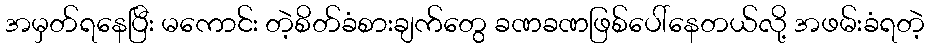
အမှတ်ရနေပြီး မကောင်း တဲ့စိတ်ခံစားချက်တွေ ခဏခဏဖြစ်ပေါ်နေတယ်လို့ အဖမ်းခံရတဲ့